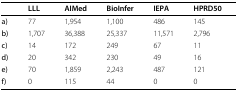
<table><thead><tr><td></td><td><b>LLL</b></td><td><b>AIMed</b></td><td><b>BioInfer</b></td><td><b>IEPA</b></td><td><b>HPRD50</b></td></tr></thead><tbody><tr><td><b>a)</b></td><td>77</td><td>1,954</td><td>1,100</td><td>486</td><td>145</td></tr><tr><td><b>b)</b></td><td>1,707</td><td>36,388</td><td>25,337</td><td>11,571</td><td>2,796</td></tr><tr><td><b>c)</b></td><td>14</td><td>172</td><td>249</td><td>67</td><td>11</td></tr><tr><td><b>d)</b></td><td>20</td><td>342</td><td>230</td><td>49</td><td>16</td></tr><tr><td><b>e)</b></td><td>70</td><td>1,859</td><td>2,243</td><td>487</td><td>121</td></tr><tr><td><b>f)</b></td><td>0</td><td>115</td><td>44</td><td>0</td><td>0</td></tr></tbody></table>